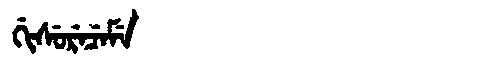
Manchu: ᡤᡳᠰᡠᡵᡝᠴᡝᠮᡝ
Romanization: GISURECEME